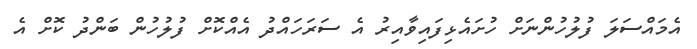
އެމައްސަލަ ފުލުހުންނަށް ހުށައެޅިފައިވާއިރު އެ ސަރަހައްދު އެއްކޮށް ފުލުހުން ބަންދު ކޮށް އެ